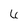
Character: 6